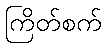
ကြိတ်စက်